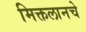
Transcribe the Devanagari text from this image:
मिक्तलानचे